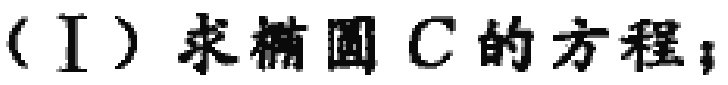
（I）求椭圆\(C\)的方程；